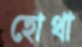
হোথা